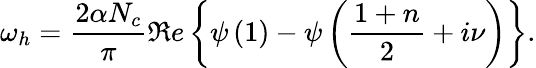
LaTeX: \omega_{h}=\frac{2\alpha N_{c}}{\pi}\Re e\left\{ \psi\left(1\right)-\psi\left(\frac{1+n}2+i\nu\right)\right\} .